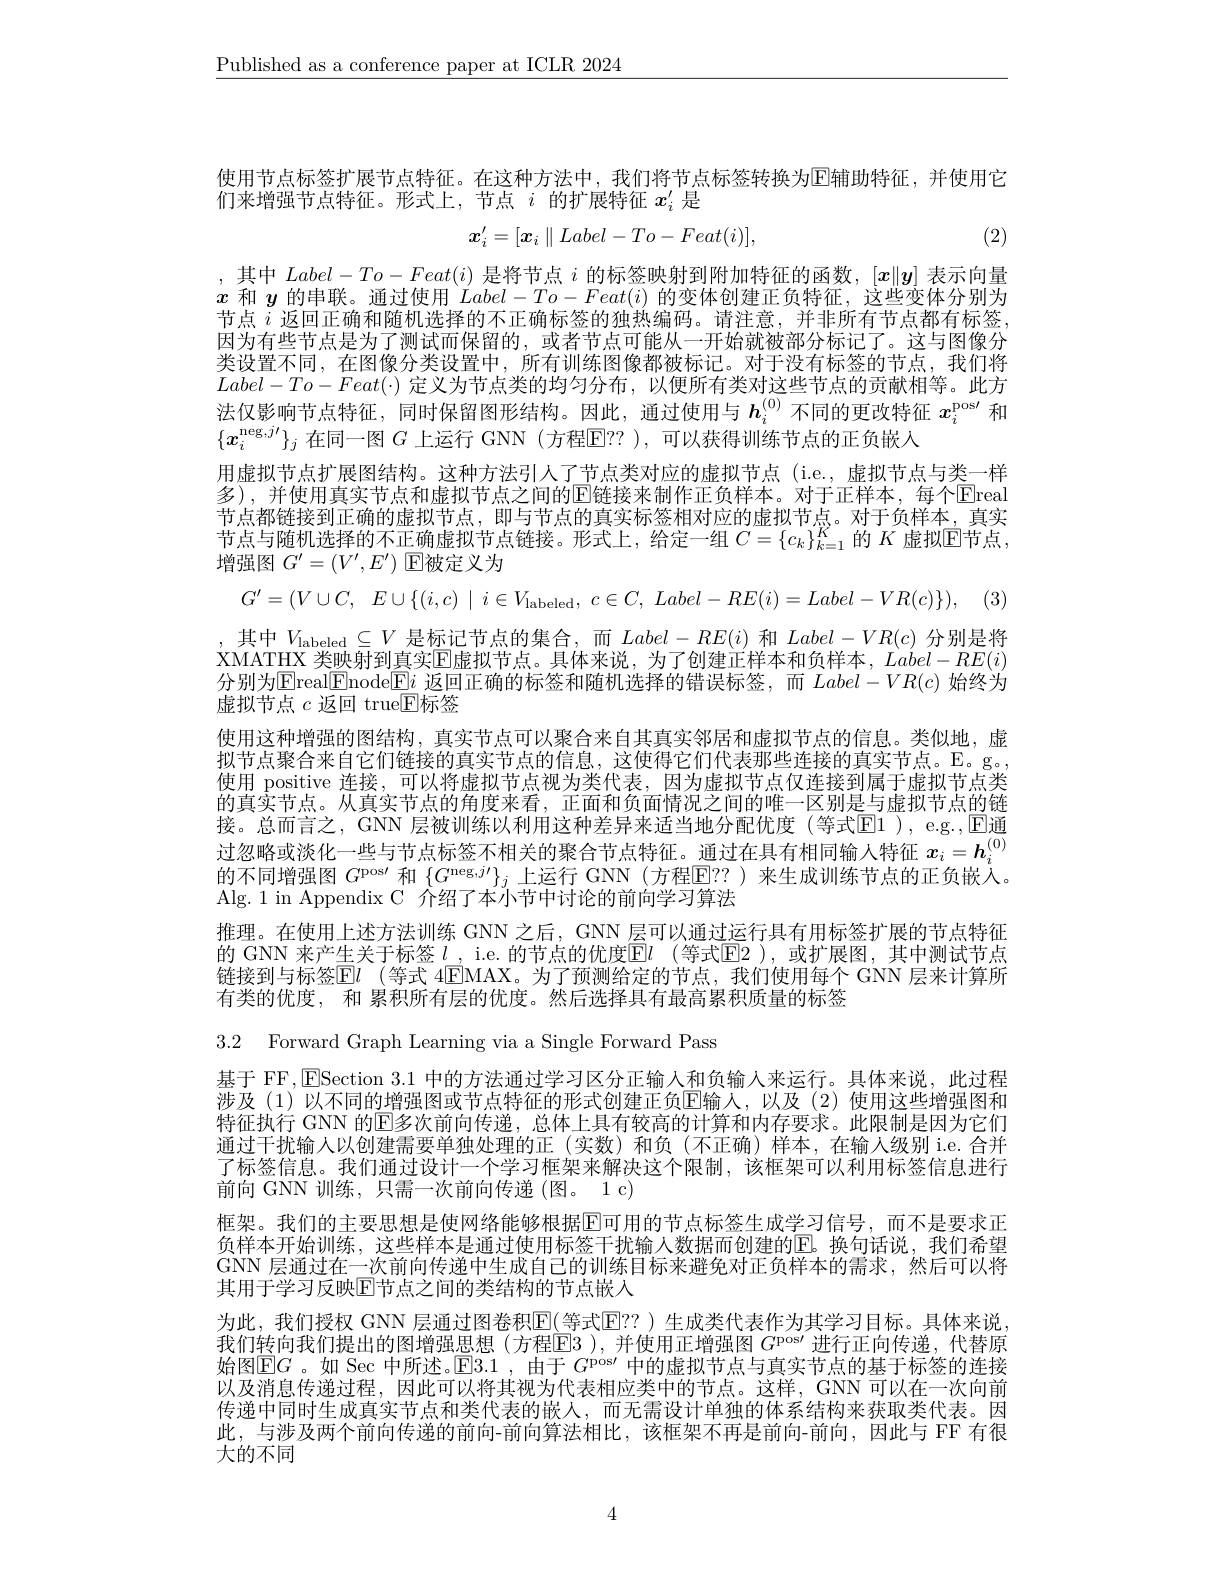
$\underline{\text{Published as a conference paper at ICLR 2024}}$

使用节点标签扩展节点特征。在这种方法中，我们将节点标签转换为$\operatorname{E\text{辅助特征，并使用它}}$
们来增强节点特征。形式上，节点$i$的扩展特征$x_i^{\prime}$是
$$x_i^{\prime}=[\boldsymbol{x}_i\parallel Label-To-Feat(i)],$$
(2)

,其中$Label-To-Feat(i)$是将节点$i$的标签映射到附加特征的函数，$[x\|y]$表示向量$x$和$y$的串联。通过使用$Label-To-Feat(i)$的变体创建正负特征，这些变体分别为节点$i$返回正确和随机选择的不正确标签的独热编码。请注意，并非所有节点都有标签因为有些节点是为了测试而保留的，或者节点可能从一开始就被部分标记了。这与图像分类设置不同，在图像分类设置中，所有训练图像都被标记。对于没有标签的节点，我们将$Label-To-Feat(\cdot)$定义为节点类的均匀分布，以便所有类对这些节点的贡献相等。此方法仅影响节点特征，同时保留图形结构。因此，通过使用与$h_i^{(0)}$不同的更改特征$x_i^\mathrm{pos}\prime$和$\{x_i^{\text{neg},j\prime}\}_j$在同一图$G$上运行 GNN (方程E？? ),可以获得训练节点的正负嵌入
用虚拟节点扩展图结构。这种方法引人了节点类对应的虚拟节点(i.e.,虚拟节点与类一样多),并使用真实节点和虚拟节点之间的$\mathbb{E}$链接来制作正负样本。对于正样本，每个$\mathbb{E}$real 节点都链接到正确的虚拟节点，即与节点的真实标签相对应的虚拟节点。对于负样本，真实节点与随机选择的不正确虚拟节点链接。形式上，给定一组 $C=\{c_k\}_{k=1}^K$ 的 $K$ 虚拟$\overline{\mathbb{E}}$节点， 增强图$G^\prime=(V^{\prime},E^{\prime})$回被定义为
$$G^{\prime}=(V\cup C,\:E\cup\{(i,c)\mid i\in V_{\mathrm{labeled}},\:c\in C,\:Label-RE(i)=Label-VR(c)\}),$$
,其中$V_\text{labeled}\subseteq V$是标记节点的集合，而$Label-RE(i)$ 和 $Label-VR(c)$ 分别是将XMATHX 类映射到真实$\overline{\mathrm{E}}$虚拟节点。具体来说，为了创建正样本和负样本，$Label-RE(i)$ 分别为$\mathbb{E}$real$\mathbb{E}$node$\mathbb{E}i$返回正确的标签和随机选择的错误标签，而$Label-VR(c)$始终为虚拟节点 $c$ 返回 true$\mathbb{E}$标签
使用这种增强的图结构，真实节点可以聚合来自其真实邻居和虚拟节点的信息。类似地，虚拟节点聚合来自它们链接的真实节点的信息，这使得它们代表那些连接的真实节点。$\mathbb{E}$。g。使用 positive 连接，可以将虚拟节点视为类代表，因为虚拟节点仅连接到属于虚拟节点类$\bar{\text{的真实节点。从真实节点的角度来看，正面和负面情况之间的唯一区别是与虚拟节点的链}}$ 接。总而言之，GNN 层被训练以利用这种差异来适当地分配优度(等式E1 ),e.g.,$\mathrm{E}_{(\mathrm{o})}$ 过忽略或淡化一些与节点标签不相关的聚合节点特征。通过在具有相同输入特征$x_i=\boldsymbol{h}_i^{(0)}$ 的不同增强图$G^\mathrm{pos}\prime$和$\{G^{\mathrm{neg},j\prime}\}_j$上运行 GNN (方程$\mathbb{E}??$ )来生成训练节点的正负嵌人。Alg.1 in Appendix C 介绍了本小节中讨论的前向学习算法
推理。在使用上述方法训练 GNN 之后，GNN 层可以通过运行具有用标签扩展的节点特征的 GNN 来产生关于标签 $l$, i.e. 的节点的优度$\mathbb{E}l$ (等式$\mathbb{E}$2),或扩展图，其中测试节点链接到与标签$\mathbb{E} l_\text{( 等 式 4EMAX。为 了 预 测 给 定 的 节 点 , 我 们 使 用 每 个 GNN 层 来 计 算 所 }$ 有类的优度，和 累积所有层的优度。然后选择具有最高累积质量的标签
3.2 Forward Graph Learning via a Single Forward Pass
基于 FF, $\mathsf{E}$Section 3.1 中的方法通过学习区分正输入和负输人来运行。具体来说，此过程涉及(1)以不同的增强图或节点特征的形式创建正负$\mathbb{E}$输人，以及(2)使用这些增强图和特征执行 GNN 的$\mathbb{E}$多次前向传递，总体上具有较高的计算和内存要求。此限制是因为它们通过干扰输人以创建需要单独处理的正(实数)和负(不正确)样本，在输入级别 i.e. 合并了标签信息。我们通过设计一个学习框架来解决这个限制，该框架可以利用标签信息进行前向 GNN 训练，只需一次前向传递 (图。1 c)
框架。我们的主要思想是使网络能够根据$\operatorname{E\text{可用的节点标签生成学习信号，而不是要求正}}$ 负样本开始训练，这些样本是通过使用标签干扰输人数据而创建的$\overline{\mathrm{E}}$。换句话说，我们希望GNN 层通过在一次前向传递中生成自己的训练目标来避免对正负样本的需求，然后可以将其用于学习反映$\mathbb{E}$节点之间的类结构的节点嵌入
为此，我们授权 GNN 层通过图卷积$\overline{\mathrm{E}}($等式$\overline{\mathrm{E}}?$ )生成类代表作为其学习目标。具体来说我们转向我们提出的图增强思想(方程$\boxed{\text{E}3}$ ),并使用正增强图 $G^\text{pos}\prime$ 进行正向传递，代替原始图$\operatorname{E}G$ 。如 Sec 中所述。$\operatorname { E} 3. 1$ , 由于 $G^\mathrm{pos}\prime$ 中的虚拟节点与真实节点的基于标签的连接以及消息传递过程，因此可以将其视为代表相应类中的节点。这样，GNN 可以在一次向前传递中同时生成真实节点和类代表的嵌人，而无需设计单独的体系结构来获取类代表。因此，与涉及两个前向传递的前向-前向算法相比，该框架不再是前向-前向，因此与 FF 有很大的不同

4